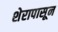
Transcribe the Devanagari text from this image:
शेरापासून